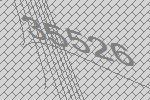
35526